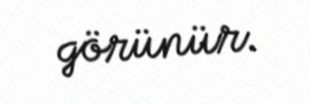
görünür.